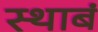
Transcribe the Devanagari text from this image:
स्थाबं